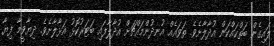
ލައިގެން ބަތްކައްކަން އުދާލާށެވެ. ތަވައެއް އުނދުންމައްޗަށް އުދާލާފައި ބަޓަރުކޮޅު އަޅާލާށެވެ. ދިޔާވީމާ ފިޔާ